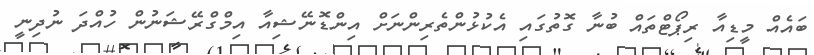
ބައެއް މީޑިއާ ރިޕޯޓްތައް ބުނާ ގޮތުގައި އެކުޅުންތެރިންނަށް އިންޑޮނޭޝިއާ އިމްގްރޭޝަނުން ހުއްދަ ނުދިނީ